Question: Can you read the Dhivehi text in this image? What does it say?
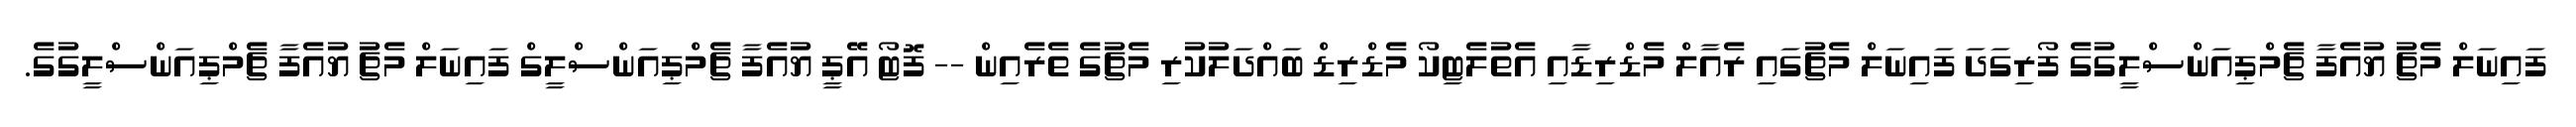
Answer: ފައިނަލް މެޗު ޔުއެފާ ޗެމްޕިއަންސްލީގުގެ ފޯރިގަދަ ފައިނަލް މެޗުގައި ރެއާލް މެޑްރިޑާއި އެތުލެޓިކޯ މެޑްރިޑް ބައްދަލުކުރި މެޗުގެ ތެރެއިން -- ފޮޓޯ އޭޕީ ޔުއެފާ ޗެމްޕިއަންސްލީގް ފައިނަލް މެޗު ޔުއެފާ ޗެމްޕިއަންސްލީގުގެ.